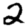
Digit: 2